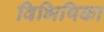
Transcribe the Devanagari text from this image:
विभिषिका